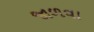
જાળવા